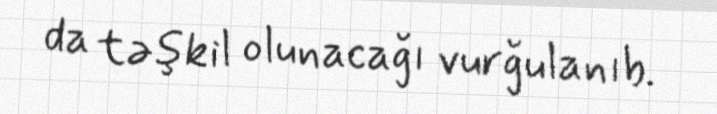
da təşkil olunacağı vurğulanıb.